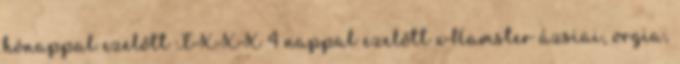
hónappal ezelőtt TXXX 4 nappal ezelőtt xHamster ázsiai, orgia,